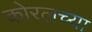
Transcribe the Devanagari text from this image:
काेरलच्या